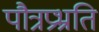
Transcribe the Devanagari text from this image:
पौत्रप्रभ्रति